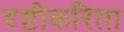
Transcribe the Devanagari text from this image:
दृष्टीकरिता